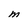
Character: m